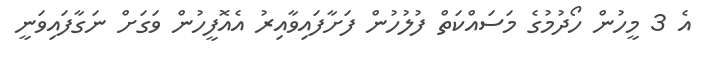
އެ 3 މީހުން ހޯދުމުގެ މަސައްކަތް ފުލުހުން ފަށާފައިވާއިރު އެއޮފީހުން ވަގަށް ނަގާފައިވަނީ